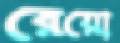
রেয়ো